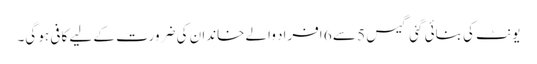
یونٹ کی بنائی گئی گیس 5 سے 6 افراد والے خاندان کی ضرورت کے لیے کافی ہو گی۔